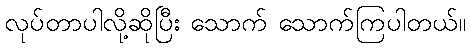
လုပ်တာပါလို့ဆိုပြီး သောက် သောက်ကြပါတယ်။